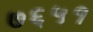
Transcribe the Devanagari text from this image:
७६५१